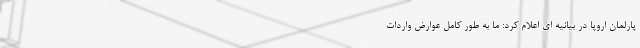
پارلمان اروپا در بیانیه ای اعلام کرد: ما به طور کامل عوارض واردات